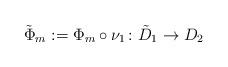
LaTeX: \begin{align*}\tilde{\Phi}_m := \Phi_m \circ \nu_1 \colon \tilde{D}_1 \rightarrow D_2\end{align*}